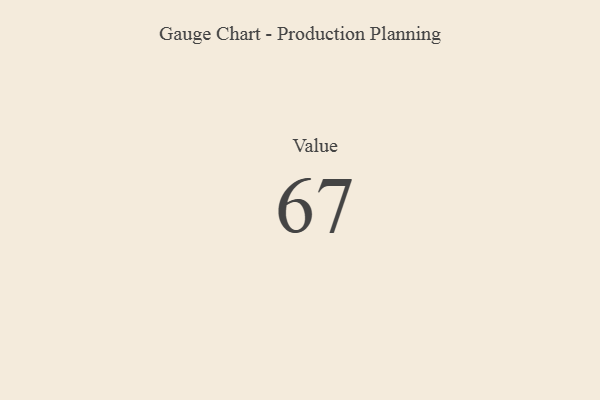
{"axis": {"x": "Metric", "y": "Value"}, "legend": [""], "data": [{"x": "Value", "y": 67, "type": ""}]}